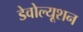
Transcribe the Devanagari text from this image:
डेवोल्यूशन